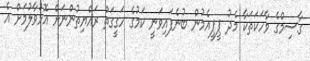
ގާސިމްގެ ވާހަކަތަކާ މެދު ޕީޕީއެމުން ބުނެފައިވަނީ ކަމުގެ ހަގީގަތް ރައްޔިތުންނަށް އޮޅުވާލުމަށް އެ